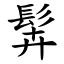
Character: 䯵